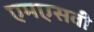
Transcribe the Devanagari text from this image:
एमएसवी